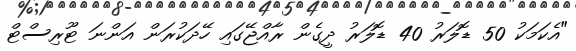
"އެކަމަކު 50 ޑޮލަރު 40 ޑޮލަރު ދީގެން ރާއްޖޭގައި ހޭދަކުރަން އަންނަ ޓޫރިސްޓް